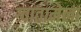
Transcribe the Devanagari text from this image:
ग्वातामेला